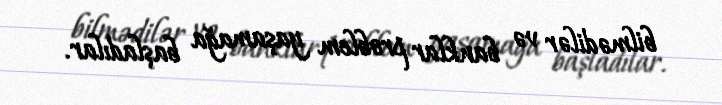
bilmədilər və banklar problem yaşamağa başladılar.